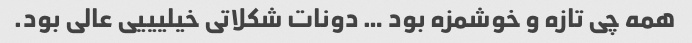
همه چی تازه و خوشمزه بود … دونات شکلاتی خیلیییی عالی بود.